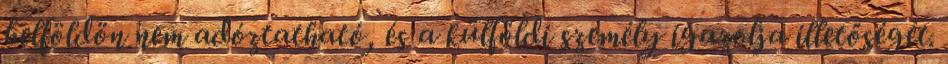
belföldön nem adóztatható, és a külföldi személy igazolja illetőségét.